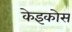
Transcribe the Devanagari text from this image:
केइकोस